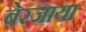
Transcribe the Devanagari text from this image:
बेरजाया